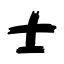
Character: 士